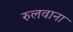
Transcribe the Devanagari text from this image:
रुलवाना